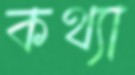
কথ্যা